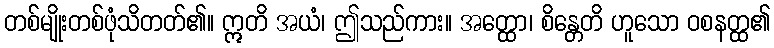
တစ်မျိုးတစ်ဖုံသိတတ်၏။ ဣတိ အယံ၊ ဤသည်ကား။ အတ္ထော၊ စိန္တေတိ ဟူသော ဝစနတ္ထ၏